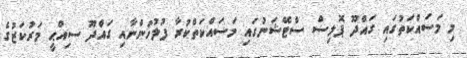
މި މަސައްކަތުގައި ގައްދޫ ޕޮލިސް ސްޓޭޝަނުގައި މަސައްކަތްކުރާ ފުލުހުންނާއި ގައްދޫ ސިއްޙީ މަރުކަޒުގެ